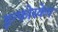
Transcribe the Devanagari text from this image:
इन्फोस्केप